Lunatic asylums Central Provinces reports 1874-1885 - 1874-1885
Year: 1874
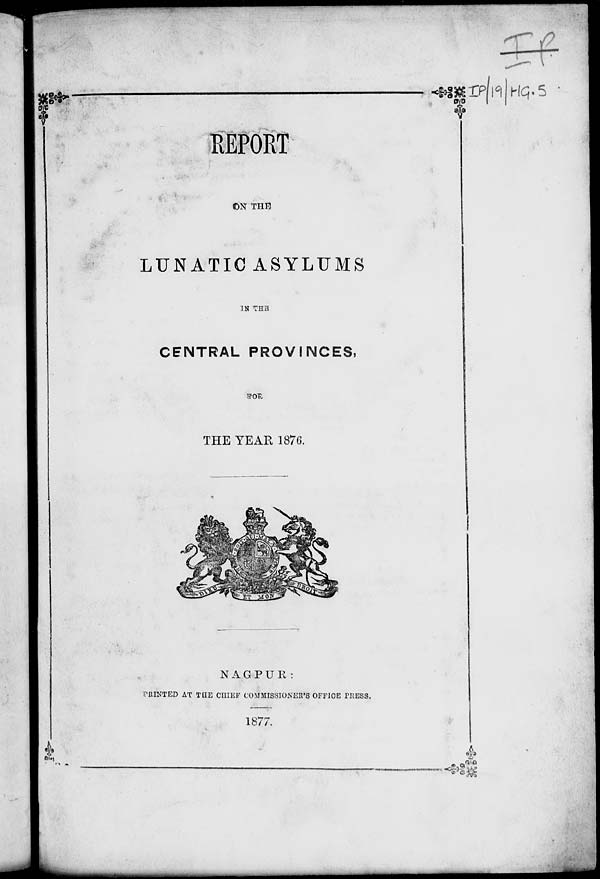
REPORT
ON THE
LUNATIC ASYLUMS
IN THE
CENTRAL PROVINCES,
FOR
THE YEAR 1876.
NAGPUR:
PRINTED AT THE CHIEF COMMISSIONER'S OFFICE PRESS.
1877.